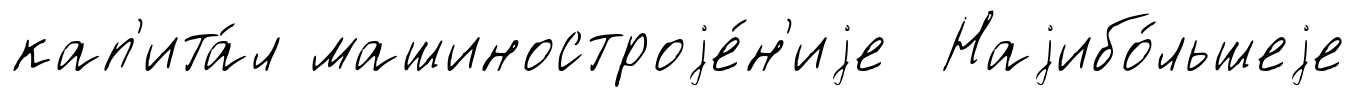
кап'ита́л машиностроjе́н'иjе Наjибо́льшеjе